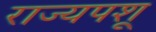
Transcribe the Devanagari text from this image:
राज्यपशू